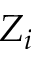
Z _ { i }